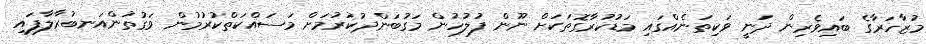
މުޒާހަރާގެ ބައިވެރިން ދަނީ ވަކިތަނެއްގައި މަޑުކުރާގޮތަކަށް ނޫން ފުލުހުން މަގުބަންދުކުރުމަށް މަސައްކަތްކުރުމުން ވަގުތުންއަނބުރާލާފައި